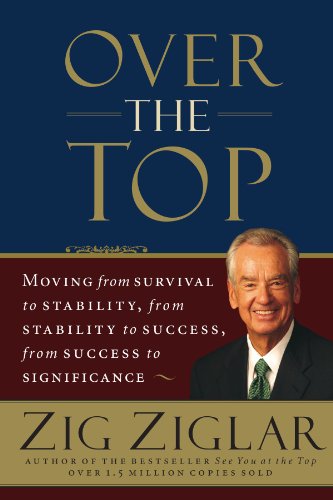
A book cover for Over the Top: Moving from Survival to Stability, from Stability to Success, from Success to Significance; Zig Ziglar; Christian Books & Bibles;